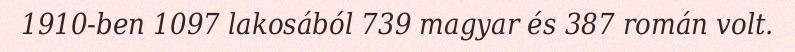
1910-ben 1097 lakosából 739 magyar és 387 román volt.